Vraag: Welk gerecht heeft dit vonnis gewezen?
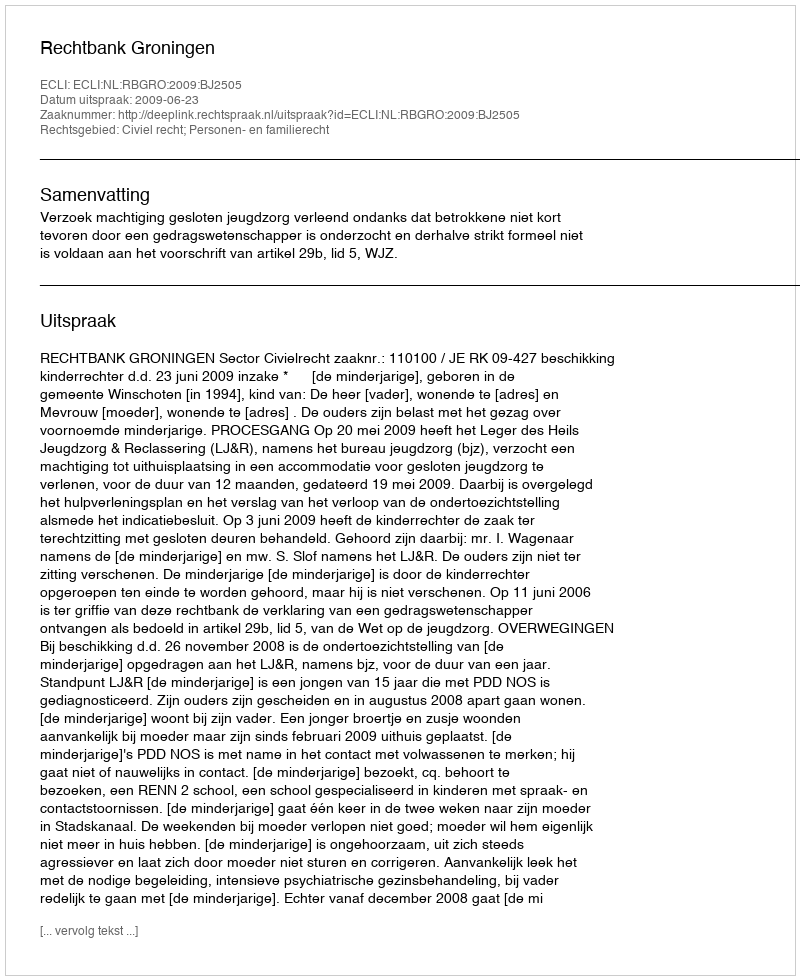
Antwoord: Rechtbank Groningen